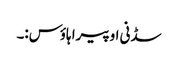
سڈنی اوپیرا ہاؤس:۔